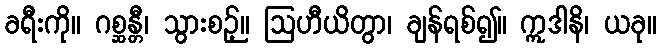
ခရီးကို။ ဂစ္ဆန္တီ၊ သွားစဉ့်။ ဩဟီယိတွာ၊ ချန်ရစ်၍။ ဣဒါနိ၊ ယခု။